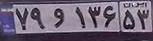
۷۹و۱۳۶۵۳